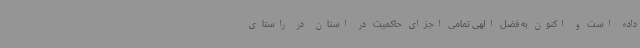
داده است و اکنون به فضل الهی تمامی اجزای حاکمیت در استان در راستای